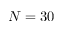
N = 3 0